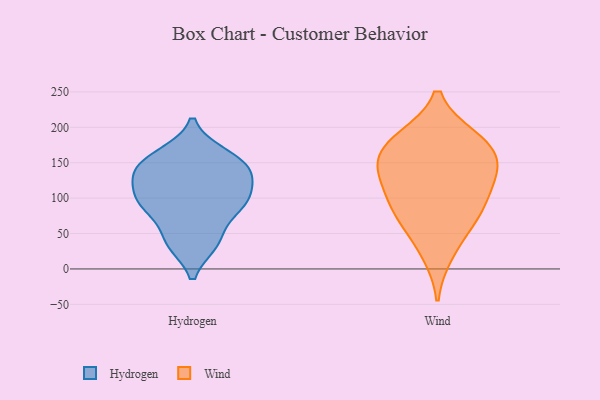
{"axis": {"x": "Latency (ms)", "y": "Value"}, "legend": ["Hydrogen", "Wind"], "data": [{"x": "", "y": 134, "type": "Hydrogen"}, {"x": "", "y": 162, "type": "Hydrogen"}, {"x": "", "y": 156, "type": "Hydrogen"}, {"x": "", "y": 133, "type": "Hydrogen"}, {"x": "", "y": 80, "type": "Hydrogen"}, {"x": "", "y": 136, "type": "Hydrogen"}, {"x": "", "y": 39, "type": "Hydrogen"}, {"x": "", "y": 36, "type": "Hydrogen"}, {"x": "", "y": 95, "type": "Hydrogen"}, {"x": "", "y": 98, "type": "Hydrogen"}, {"x": "", "y": 98, "type": "Hydrogen"}, {"x": "", "y": 21, "type": "Wind"}, {"x": "", "y": 89, "type": "Wind"}, {"x": "", "y": 140, "type": "Wind"}, {"x": "", "y": 185, "type": "Wind"}, {"x": "", "y": 100, "type": "Wind"}, {"x": "", "y": 60, "type": "Wind"}, {"x": "", "y": 182, "type": "Wind"}, {"x": "", "y": 144, "type": "Wind"}, {"x": "", "y": 72, "type": "Wind"}, {"x": "", "y": 155, "type": "Wind"}, {"x": "", "y": 183, "type": "Wind"}, {"x": "", "y": 112, "type": "Wind"}, {"x": "", "y": 145, "type": "Wind"}]}